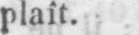
plaît.